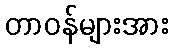
တာဝန်များအား